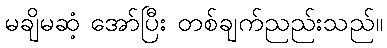
မချိမဆံ့ အော်ပြီး တစ်ချက်ညည်းသည်။